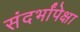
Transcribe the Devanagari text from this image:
संदर्भांपेक्षा